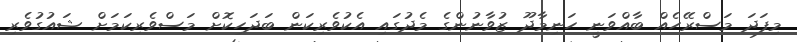
މިފަދަ މަސްރޭހެއް ބާއްވަނީ ހަނިމާދޫ ޒުވާނުންގެ މެދުގައި އެކުވެރިކަން ބަދަހިކޮށް މަސްވެރިކަމަށް ޝައުގުވެރި